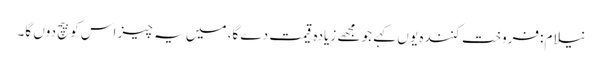
نیلام:فروخت کنندہ یو ں کہے جو مجھے زیادہ قیمت دے گا، میں یہ چیز اس کو بیچ دوں گا۔